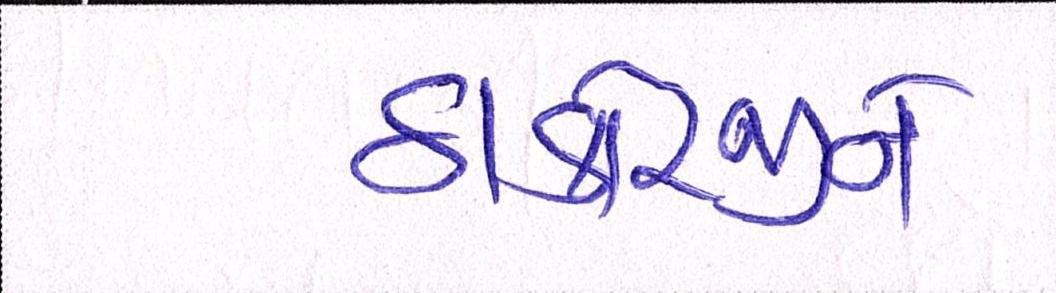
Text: ઠાકોરજીને